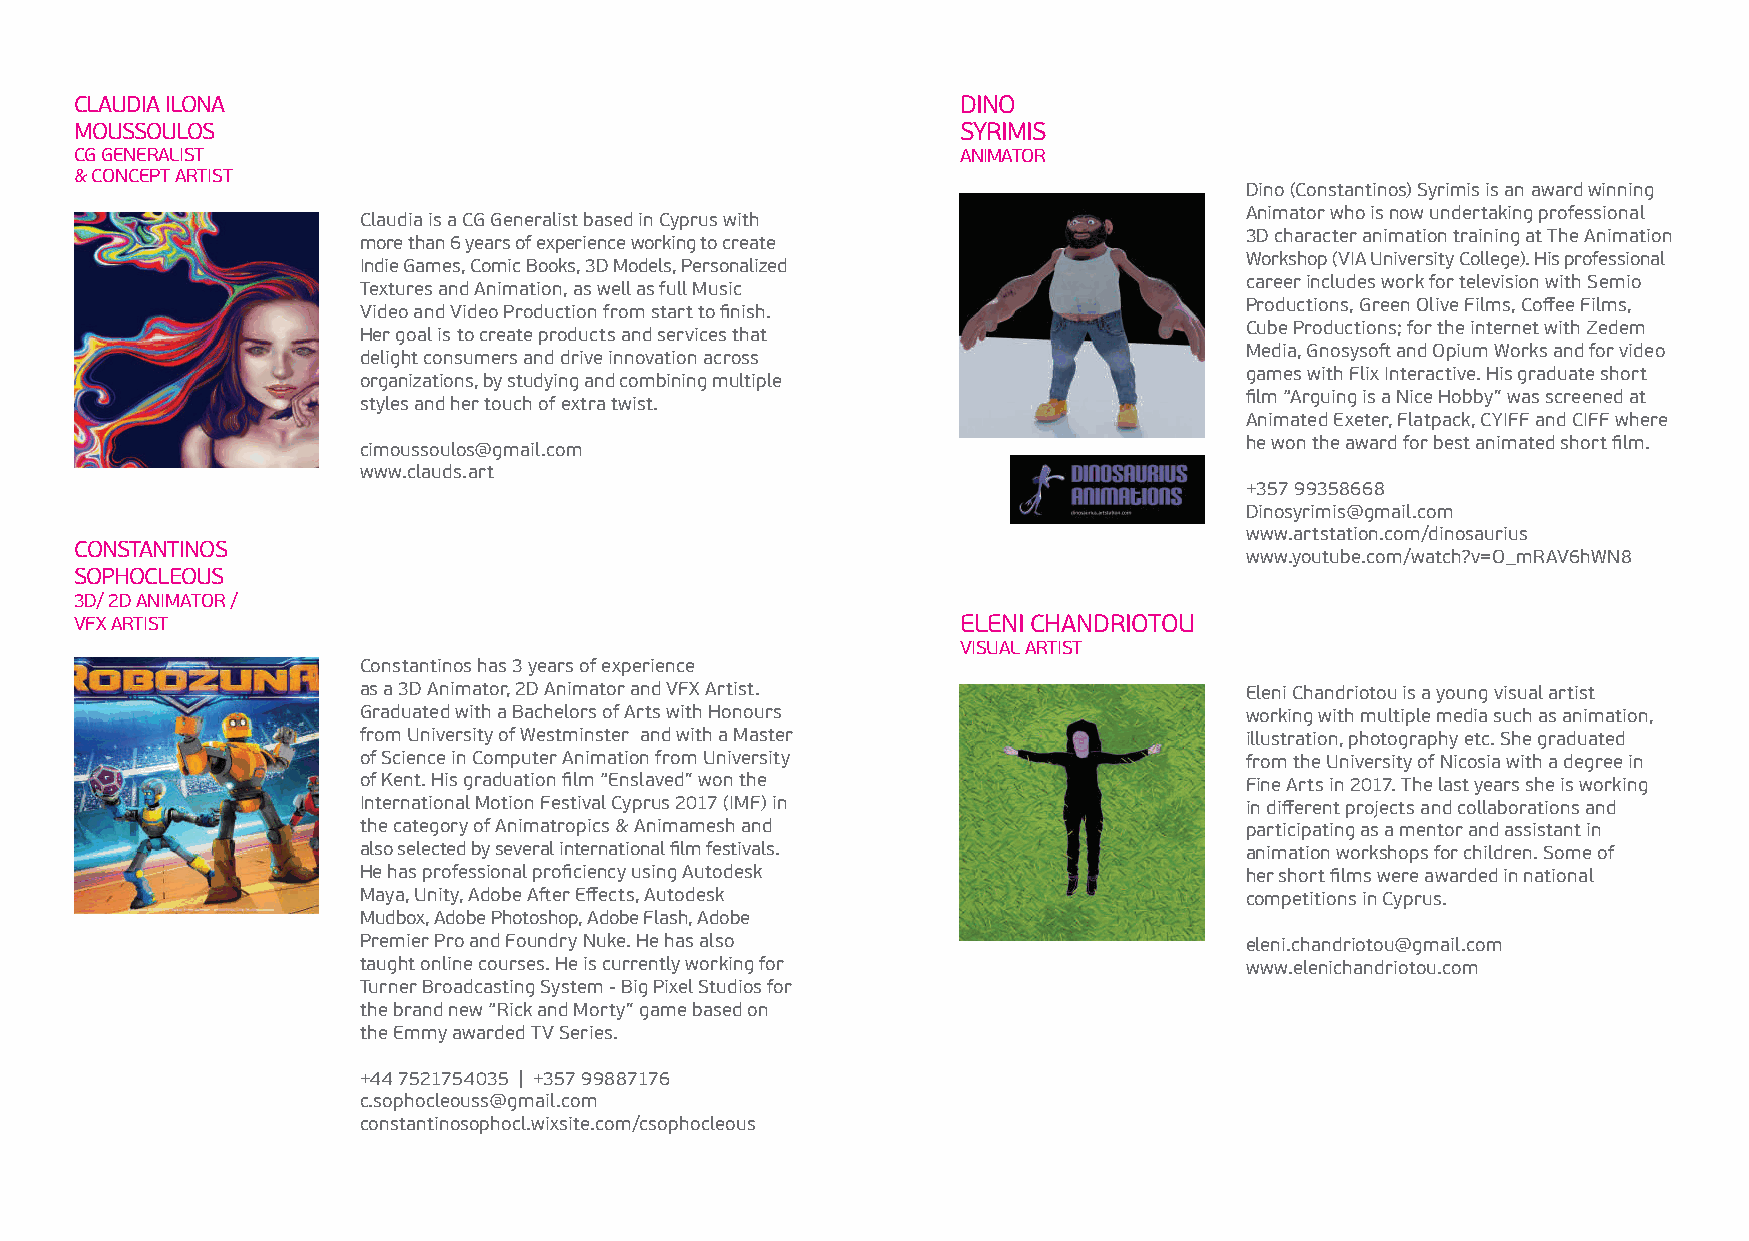
CLAUDIA ILONA                                              DINO
 MOUSSOULOS                                                 SYRIMIS
 CG GENERALIST                                              ANIMATOR
 & CONCEPT ARTIST
 Dino (Constantinos) Syrimis is an award winning
 Animator who is now undertaking professional
 Claudia is a CG Generalist based in Cyprus with
 3D character animation training at The Animation
 more than 6 years of experience working to create
 Workshop (VIA University College). His professional
 Indie Games, Comic Books, 3D Models, Personalized
 career includes work for television with Semio
 Textures and Animation, as well as full Music
 Productions, Green Olive Films, Coffee Films,
 Video and Video Production from start to finish.
 Cube Productions; for the internet with Zedem
 Her goal is to create products and services that
 Media, Gnosysoft and Opium Works and for video
 delight consumers and drive innovation across
 games with Flix Interactive. His graduate short
 organizations, by studying and combining multiple
 film “Arguing is a Nice Hobby” was screened at
 styles and her touch of extra twist.
 Animated Exeter, Flatpack, CYIFF and CIFF where
 he won the award for best animated short film.
 cimoussoulos@gmail.com
 www.clauds.art
 +357 99358668
 Dinosyrimis@gmail.com
 www.artstation.com/dinosaurius
 CONSTANTINOS
 www.youtube.com/watch?v=O_mRAV6hWN8
 SOPHOCLEOUS
 3D/ 2D ANIMATOR /
 VFX ARTIST                                                 ELENI CHANDRIOTOU
 VISUAL ARTIST
 Constantinos has 3 years of experience
 as a 3D Animator, 2D Animator and VFX Artist.             Eleni Chandriotou is a young visual artist
 Graduated with a Bachelors of Arts with Honours           working with multiple media such as animation,
 from University of Westminster and with a Master          illustration, photography etc. She graduated
 of Science in Computer Animation from University          from the University of Nicosia with a degree in
 of Kent. His graduation film “Enslaved” won the           Fine Arts in 2017. The last years she is working
 International Motion Festival Cyprus 2017 (IMF) in        in different projects and collaborations and
 the category of Animatropics & Animamesh and              participating as a mentor and assistant in
 also selected by several international film festivals.    animation workshops for children. Some of
 He has professional proficiency using Autodesk            her short films were awarded in national
 Maya, Unity, Adobe After Effects, Autodesk                competitions in Cyprus.
 Mudbox, Adobe Photoshop, Adobe Flash, Adobe
 Premier Pro and Foundry Nuke. He has also                 eleni.chandriotou@gmail.com
 taught online courses. He is currently working for        www.elenichandriotou.com
 Turner Broadcasting System - Big Pixel Studios for
 the brand new “Rick and Morty” game based on
 the Emmy awarded TV Series.
 +44 7521754035 | +357 99887176
 c.sophocleouss@gmail.com
 constantinosophocl.wixsite.com/csophocleous